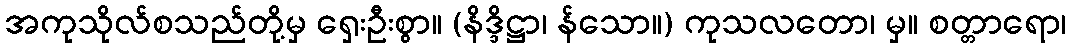
အကုသိုလ်စသည်တို့မှ ရှေးဦးစွာ။ (နိဒ္ဒိဋ္ဌာ၊ န်သော။) ကုသလတော၊ မှ။ စတ္တာရော၊